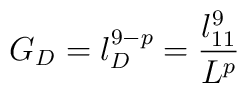
G_D = l_D^{9 - p} = \frac{l_{11}^9}{L^p}